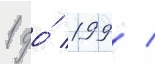
1 до́ 199 /